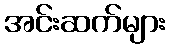
အင်းဆက်များ